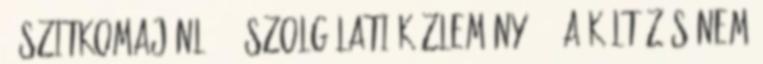
3 szitkomajánló 14 szolgálati közlemény 101 A költözés nem